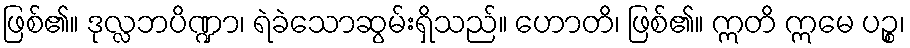
ဖြစ်၏။ ဒုလ္လဘပိဏ္ဍာ၊ ရဲခဲသောဆွမ်းရှိသည်။ ဟောတိ၊ ဖြစ်၏။ ဣတိ ဣမေ ပဉ္စ၊